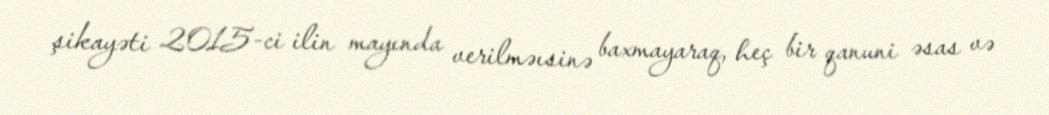
şikayəti 2015-ci ilin mayında verilməısinə baxmayaraq, heç bir qanuni əsas və